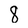
Character: 8